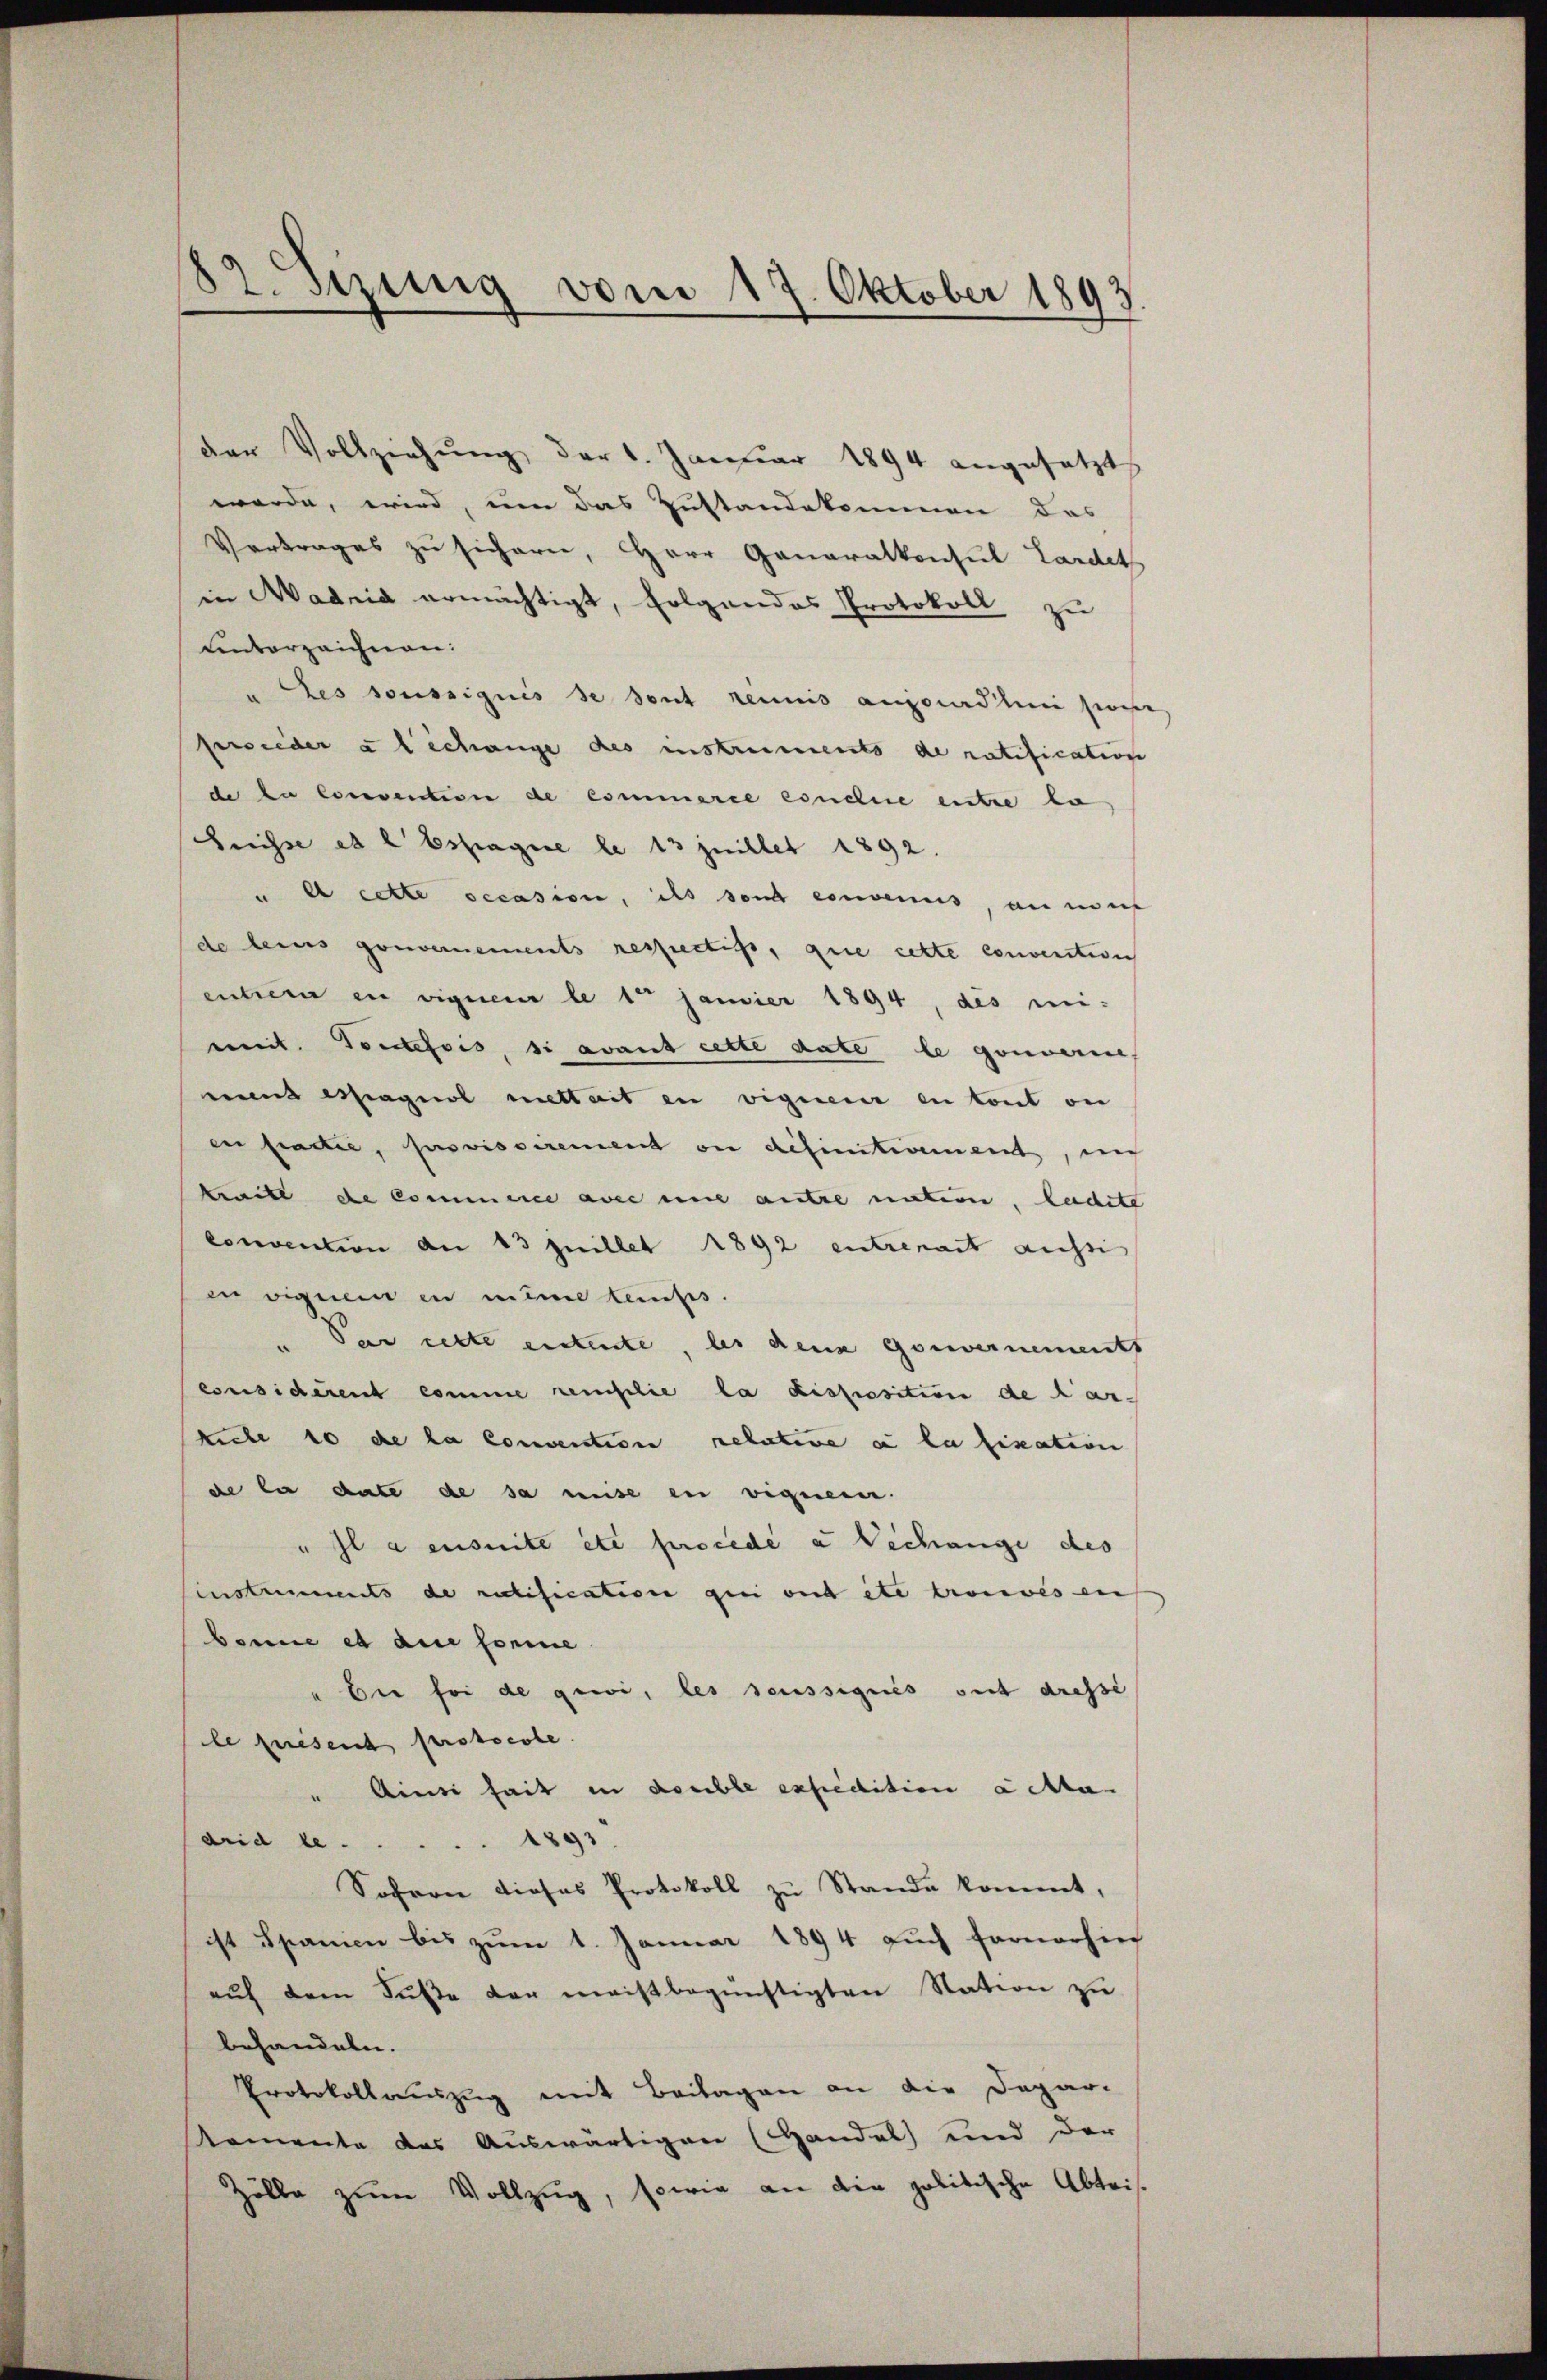
82. Setzung vom 17. Oktober 1893.

der Vollziehŭng der 1. Januar 1894 angesetzt
werde, wird, um das Zustandekommen das
Vertrages zu sichern, Herr Generalkonsul Lardet
in Madrid ermächtigt, folgendes Protokoll zu
unterzeichnen:
" des soussignis se sont reinis anzunedlen sie,
fersieder a l Schange des instreiments de ratification
de la convention de commerie condie entre la
Grüsse es e Espagnie le 13 juillet 1892.
ue cette occasion, ils den einvenus, an mus
de deines gouvernements respectis, que cette convention
entfern in eigner le 10 Janvier 1894, des mi-
mit. Toutefois, si avant cette date le gouverne,
mund essagnol mittait in vignen in tout ou
en factis, provisoirement ou definitivement, nich
tritt die kommene avec eine autre nation, ledite
convention an 13 Juillet 1892 entrerart aussi
in eigenem in meine leiss.
Par cette eintente, les denn Gouvernements
considerent comme censilie la disposition de Karkuehe 10 de la convention relative a la fixation
de la date de sa mise in vignen.
"Il a ensuite etc procede u Dechange des
Einstruments de ratification qui ont etc trouvés en
bonne et die forme
Die foi de gewi, les seussignis sit dresse
le puisent protocole.
Ainsi seit in double expedition achte
drid le 1893
Sofern dieses Protokoll zu Stande kommt,
ist Spanien bis zum 1. Januar 1894 auch fernerhie
auf dem Fuße der meistbegünstigten Station zu
behandeln.
Protokollauszug mit Beilagen an die Depar-
Kemente des Auswärtigen (Handel und der
Zölle zŭm Vollzug, sowie an die politische Abtris-